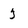
Character: 3